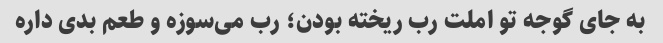
به جای گوجه تو املت رب ریخته بودن؛ رب می‌سوزه و طعم بدی داره